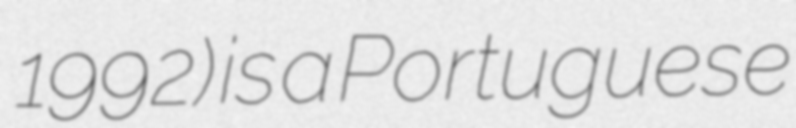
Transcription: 1992) is a Portuguese